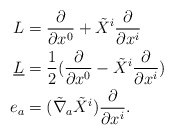
\begin{align*} L&=\frac{\partial}{\partial x^0}+\tilde{X}^i \frac{\partial}{\partial x^i}\\\underline L&=\frac{1}{2}(\frac{\partial}{\partial x^0}-\tilde{X}^i\frac{\partial}{\partial x^i})\\e_a&=(\tilde{\nabla}_a \tilde{X}^i) \frac{\partial}{\partial x^i}.\end{align*}